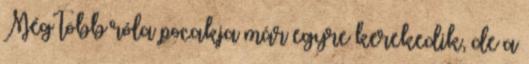
Még több róla pocakja már egyre kerekedik, de a